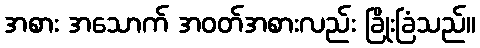
အစား အသောက် အဝတ်အစားလည်း ခြိုးခြံသည်။